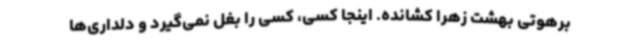
برهوتی بهشت زهرا کشانده. اینجا کسی، کسی را بغل نمی‌گیرد و دلداری‌ها